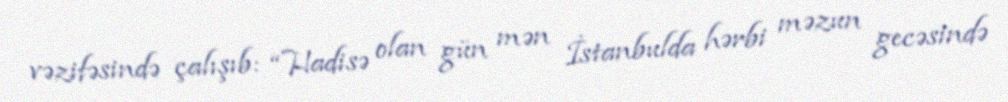
vəzifəsində çalışıb: “Hadisə olan gün mən İstanbulda hərbi məzun gecəsində